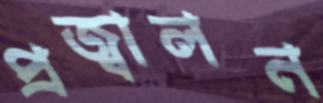
প্রজ্বালন